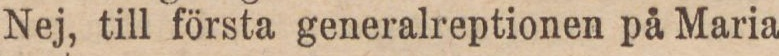
Nej, till första generalreptionen på Maria